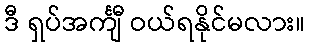
ဒီ ရှပ်အင်္ကျီ ဝယ်ရနိုင်မလား။